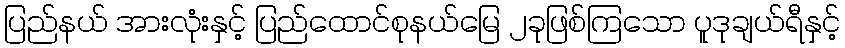
ပြည်နယ် အားလုံးနှင့် ပြည်ထောင်စုနယ်မြေ ၂ခုဖြစ်ကြသော ပူဒုချယ်ရီနှင့်